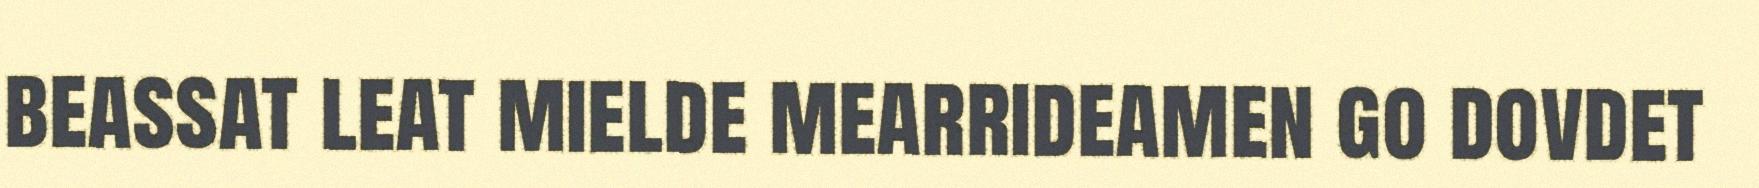
beassat leat mielde mearrideamen go dovdet